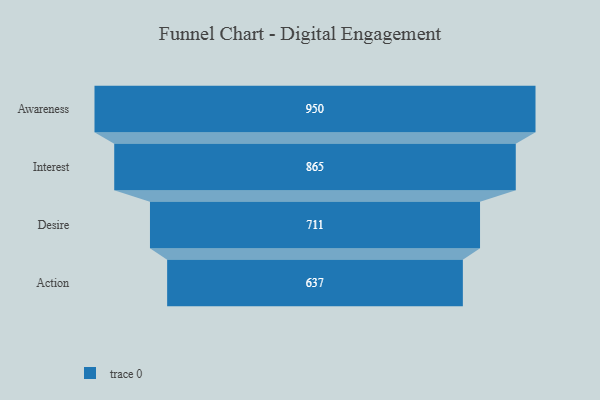
{"axis": {"x": "Stage", "y": "Value"}, "legend": [""], "data": [{"x": "Awareness", "y": 950.0, "type": ""}, {"x": "Interest", "y": 865.0, "type": ""}, {"x": "Desire", "y": 711.0, "type": ""}, {"x": "Action", "y": 637.0, "type": ""}]}